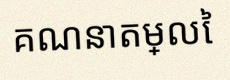
គណនាតម្លៃ